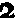
2